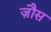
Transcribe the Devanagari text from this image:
ज़ौस